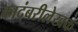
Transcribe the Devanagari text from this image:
कादंबरीलेखक